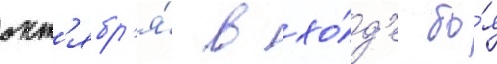
окт'ябр'я́ в хо́д'е бо́я